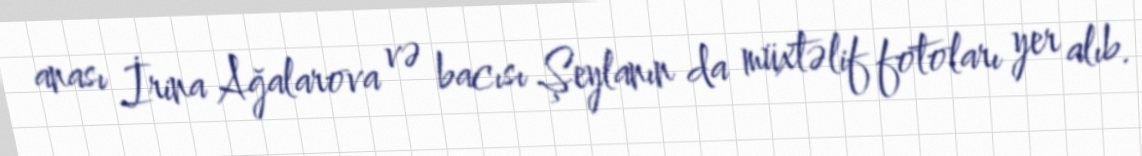
anası İrina Ağalarova və bacısı Şeylanın da müxtəlif fotoları yer alıb.